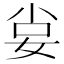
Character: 𡜛